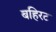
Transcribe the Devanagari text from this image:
बहिरट